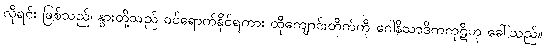
လိုရင်း ဖြစ်သည်၊ နွားတို့သည် ဝင်ရောက်နိုင်ရကား ထိုကျောင်းတိုက်ကို ဂေါနိသာဒိကကုဋိဟု ခေါ်သည်။